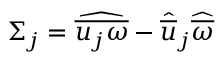
\Sigma _ { j } = \widehat { \overline { { u _ { j } \omega } } } - \widehat { \overline { { u } } } _ { j } \widehat { \overline { { \omega } } }